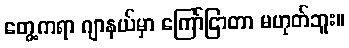
တွေ့ကရာ ဂျာနယ်မှာ ကြော်ငြာတာ မဟုတ်ဘူး။